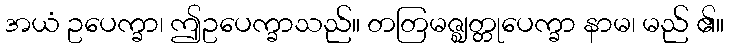
အယံ ဥပေက္ခာ၊ ဤဥပေက္ခာသည်။ တတြမဇ္ဈတ္တုပေက္ခာ နာမ၊ မည် ၏။